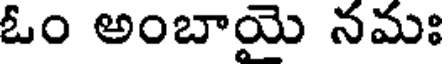
ఓం అంబాయె నమః